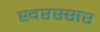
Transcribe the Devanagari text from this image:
खरस्सर